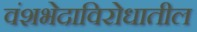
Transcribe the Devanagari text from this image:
वंशभेदाविरोधातील